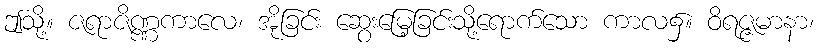
ဤသို့။ ဇရာဇိဏ္ဏကာလေ၊ အိုခြင်း ဆွေးမြေ့ခြင်းသို့ရောက်သော ကာလ၌။ ဝိရဇ္ဇမာနာ၊